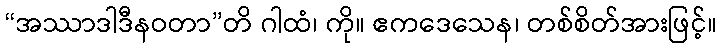
“အဿာဒါဒီနဝတာ”တိ ဂါထံ၊ ကို။ ဧကဒေသေန၊ တစ်စိတ်အားဖြင့်။